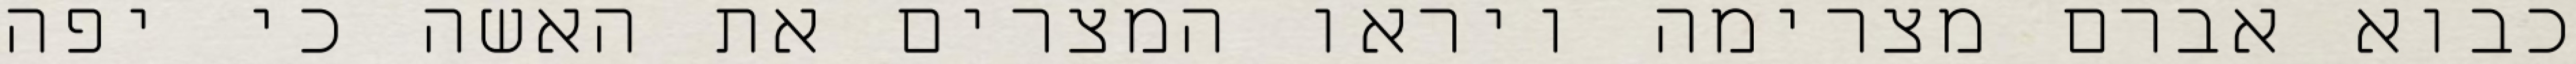
כבוא אברם מצרימה ויראו המצרים את האשה כי יפה